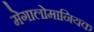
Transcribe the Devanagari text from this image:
मेगालोमानियक